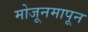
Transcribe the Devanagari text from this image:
मोजूनमापून